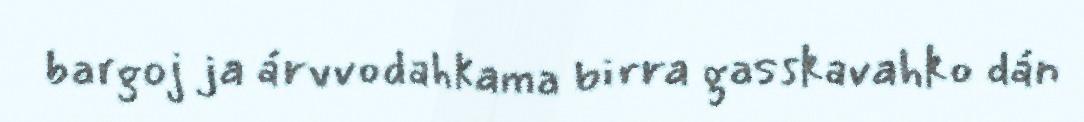
bargoj ja árvvodahkama birra gasskavahko dán